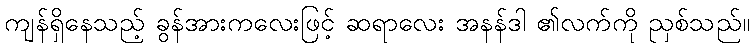
ကျန်ရှိနေသည့် ခွန်အားကလေးဖြင့် ဆရာလေး အနန်ဒါ ၏လက်ကို ညှစ်သည်။